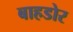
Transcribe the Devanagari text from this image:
बाहडोर